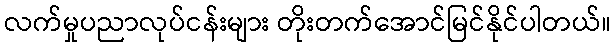
လက်မှုပညာလုပ်ငန်းများ တိုးတက်အောင်မြင်နိုင်ပါတယ်။